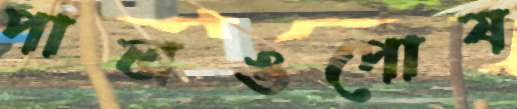
পালঙপোষ